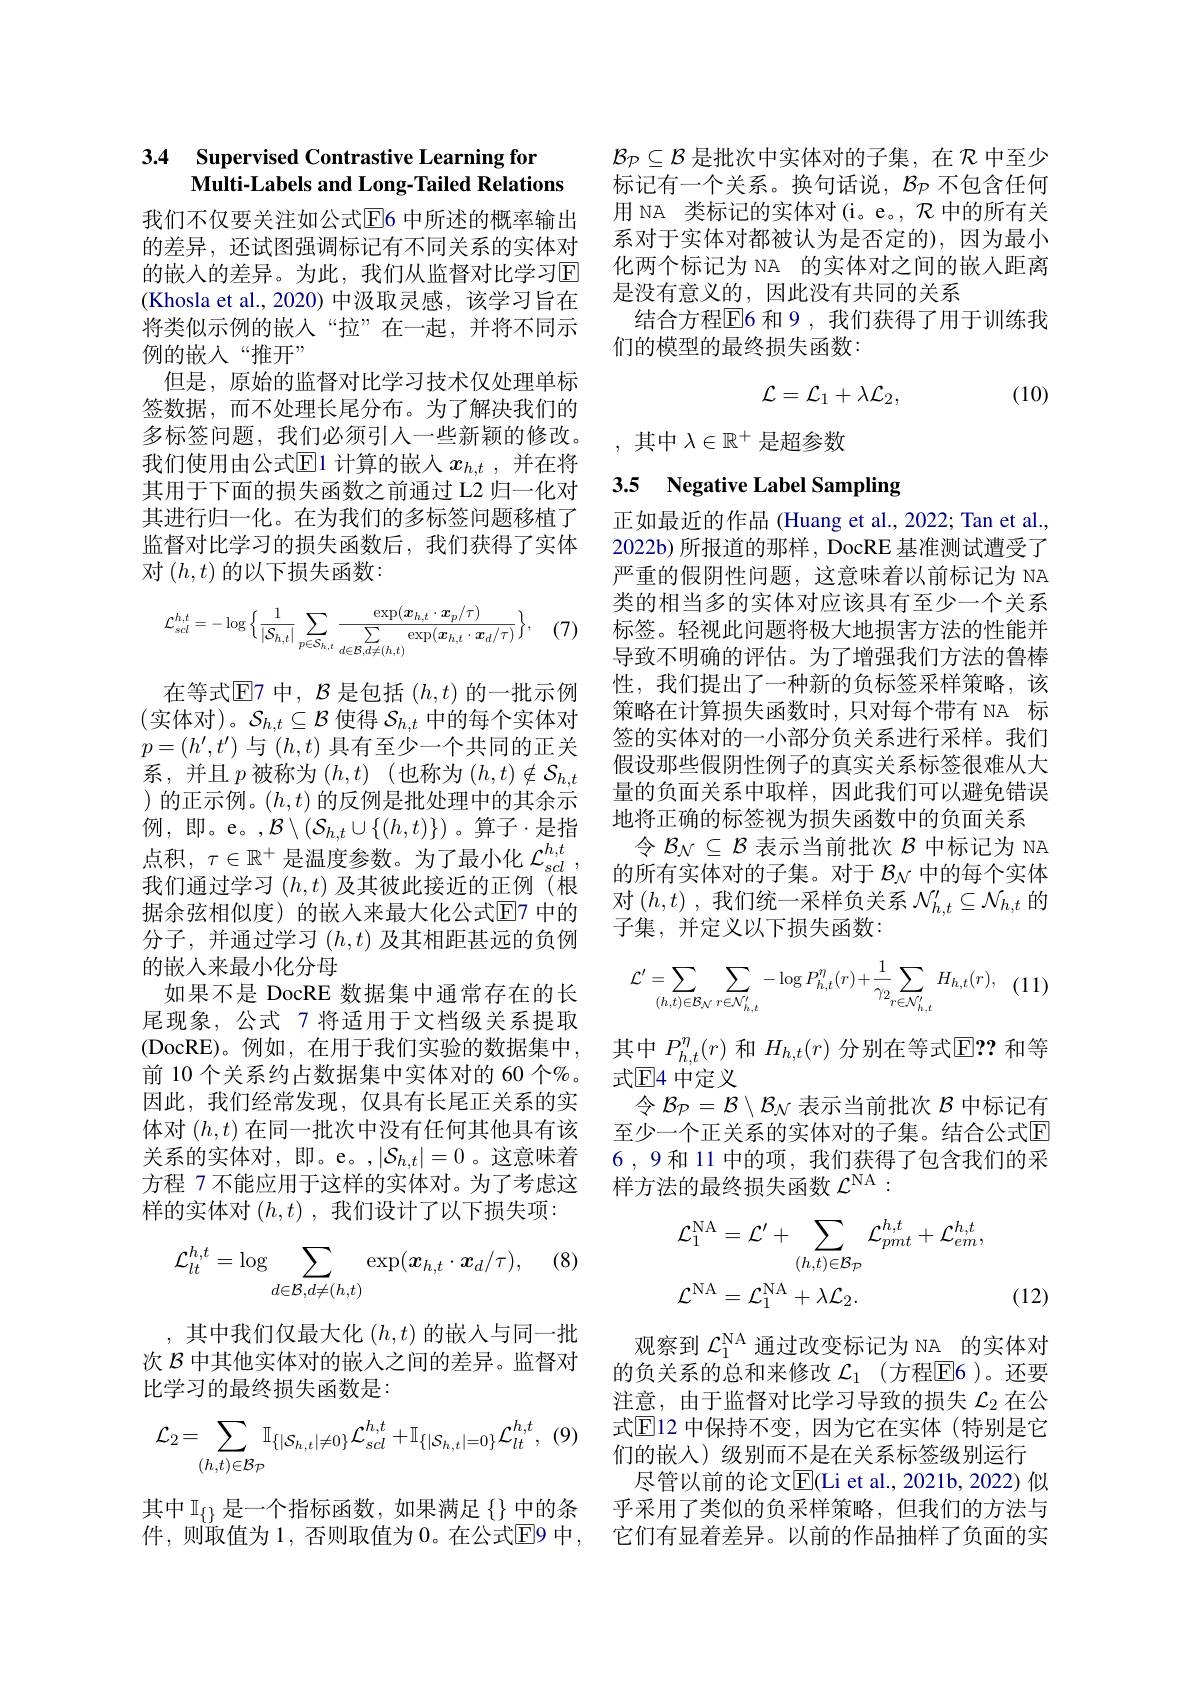
## 3.4 Supervised Contrastive Learning for Multi-Labels and Long-Tailed Relations

我们不仅要关注如公式回6 中所述的概率输出的差异，还试图强调标记有不同关系的实体对的嵌入的差异。为此，我们从监督对比学习E (Khosla et al.,2020)中汲取灵感，该学习旨在将类似示例的嵌入“拉”在一起，并将不同示例的嵌入“推开”
但是，原始的监督对比学习技术仅处理单标签数据，而不处理长尾分布。为了解决我们的多标签问题，我们必须引人一些新颖的修改。我们使用由公式$\mathbb{E}$1 计算的嵌入 $x_{h,t}$, 并在将其用于下面的损失函数之前通过 L2 归一化对其进行归一化。在为我们的多标签问题移植了监督对比学习的损失函数后，我们获得了实体对$(h,t)$的以下损失函数：
$$\mathcal{L}_{scl}^{h,t}=-\log\Big\{\frac{1}{|\mathcal{S}_{h,t}|}\sum_{p\in\mathcal{S}_{h,t}}\frac{\exp(\boldsymbol{x}_{h,t}\cdot\boldsymbol{x}_{p}/\tau)}{\sum_{d\in\mathcal{B},d\neq(h,t)}\exp(\boldsymbol{x}_{h,t}\cdot\boldsymbol{x}_{d}/\tau)}\Big\},$$
, (7)

在等式$\mathbb{E}$7 中，$\mathcal{B}$是包括$(h,t)$的一批示例(实体对)。$\mathcal{S}_h,t\subseteq\mathcal{B}$使得$\mathcal{S}_h,t$中的每个实体对$p=(h^{\prime},t^{\prime})$与$(h,t)$具有至少一个共同的正关系，并且$p$被称为$( h, t)$ (也称为$(h,t)\notin\mathcal{S}_h,t$ )的正示例。$(h,t)$的反例是批处理中的其余示例，即。e。$,\mathcal{B}\setminus(\mathcal{S}_{h,t}\cup\{(h,t)\})$。算子·是指点积$,\tau\in\mathbb{R}^+$ 是温度参数。为了最小化 $\mathcal{L}_scl^{h,t}$ 我们通过学习$(h,t)$及其彼此接近的正例(根据余弦相似度)的嵌入来最大化公式$\overline{\mathrm{E}}$7 中的分子，并通过学习$(h,t)$及其相距甚远的负例的嵌入来最小化分母
如果不是 DocRE 数据集中通常存在的长尾现象，公式 7 将适用于文档级关系提取(DocRE)。例如，在用于我们实验的数据集中， 前 10 个关系约占数据集中实体对的 60 个%。因此，我们经常发现，仅具有长尾正关系的实体对$(h,t)$在同一批次中没有任何其他具有该关系的实体对，即。e。,$|\mathcal{S}_h,t|=0$。这意味着方程 7 不能应用于这样的实体对。为了考虑这样的实体对$(h,t)$ ,我们设计了以下损失项：
$$\mathcal{L}_{lt}^{h,t}=\log\sum_{d\in\mathcal{B},d\neq(h,t)}\exp(\boldsymbol{x}_{h,t}\cdot\boldsymbol{x}_{d}/\tau),$$
,其中我们仅最大化$(h,t)$的嵌入与同一批次$\mathcal{B}$中其他实体对的嵌入之间的差异。监督对比学习的最终损失函数是：
$$\mathcal{L}_{2}=\sum_{(h,t)\in\mathcal{B}_{\mathcal{P}}}\mathbb{I}_{\{|\mathcal{S}_{h,t}|\neq0\}}\mathcal{L}_{scl}^{h,t}+\mathbb{I}_{\{|\mathcal{S}_{h,t}|=0\}}\mathcal{L}_{lt}^{h,t},$$
$\mathcal{B}_{\mathcal{P}}\subseteq\mathcal{B}$是批次中实体对的子集，在$\mathcal{R}$中至少标记有一个关系。换句话说，$\mathcal{B}_{\mathcal{P}}$不包含任何用 NA 类标记的实体对(i。e。, $\mathcal{R}$中的所有关系对于实体对都被认为是否定的),因为最小化两个标记为 NA 的实体对之间的嵌入距离是没有意义的，因此没有共同的关系
结合方程$\overline{\mathbb{E}}$6 和 9 ,我们获得了用于训练我
们的模型的最终损失函数：
$$\mathcal{L}=\mathcal{L}_1+\lambda\mathcal{L}_2,$$
(10)

,其中$\lambda\in\mathbb{R}^+$是超参数

## 3.5 Negative Label Sampling

正如最近的作品 (Huang et al., 2022; Tan et al., 2022b) 所报道的那样，DocRE 基准测试遭受了严重的假阴性问题，这意味着以前标记为 NA 类的相当多的实体对应该具有至少一个关系标签。轻视此问题将极大地损害方法的性能并导致不明确的评估。为了增强我们方法的鲁棒性，我们提出了一种新的负标签采样策略，该策略在计算损失函数时，只对每个带有 NA 标签的实体对的一小部分负关系进行采样。我们假设那些假阴性例子的真实关系标签很难从大量的负面关系中取样，因此我们可以避免错误地将正确的标签视为损失函数中的负面关系
令$\mathcal{B}_N\subseteq\mathcal{B}$表示当前批次$\mathcal{B}$中标记为 NA 的所有实体对的子集。对于$\mathcal{B}_N$中的每个实体对$(h,t)$ ,我们统一采样负关系$\mathcal{N}_h,t^\prime\subseteq\mathcal{N}_{h,t}$的子集，并定义以下损失函数：
$$\mathcal{L}'=\sum_{(h,t)\in\mathcal{B}_{\mathcal{N}}}\sum_{r\in\mathcal{N}_{h,t}'}-\log P_{h,t}^{\eta}(r)+\frac{1}{\gamma_{2}}\sum_{r\in\mathcal{N}_{h,t}'}H_{h,t}(r),$$
其中$P_{h,t}^\eta(r)$和$H_{h,t}(r)$分别在等式E？? 和等
式$\mathbb{E}$4 中定义
令$\mathcal{B}_{\mathcal{P}}=\mathcal{B}\setminus\mathcal{B}_{\mathcal{N}}$表示当前批次$\mathcal{B}$中标记有至少一个正关系的实体对的子集。结合公式$\mathbb{E}$ 6,9和 11 中的项，我们获得了包含我们的采样方法的最终损失函数$\mathcal{L}^\mathrm{NA}:$
$$\begin{aligned}&\mathcal{L}_{1}^{\mathrm{NA}}=\mathcal{L}^{\prime}+\sum_{(h,t)\in\mathcal{B}_{p}}\mathcal{L}_{pmt}^{h,t}+\mathcal{L}_{em}^{h,t},\\&\mathcal{L}^{\mathrm{NA}}=\mathcal{L}_{1}^{\mathrm{NA}}+\lambda\mathcal{L}_{2}.\end{aligned}$$
(12)

观察到$\mathcal{L}_1^\mathrm{NA}$通过改变标记为 NA 的实体对的负关系的总和来修改 $\mathcal{L}_1$(方程$\overline{\mathrm{E}}$6)。还要注意，由于监督对比学习导致的损失$\mathcal{L}_2$在公式$\mathbb{E}$12 中保持不变，因为它在实体(特别是它们的嵌入)级别而不是在关系标签级别运行
尽管以前的论文$\boxed{\mathrm{E}}($Li et al., 2021b, 2022) 似
其中$\Pi_{\{\}}$是一个指标函数，如果满足{}中的条 乎采用了类似的负采样策略，但我们的方法与件，则取值为 1, 否则取值为 0。在公式$\mathbb{E}$9 中，它们有显着差异。以前的作品抽样了负面的实